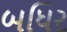
બધિર